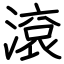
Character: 滾